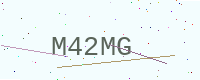
Text: M42MG